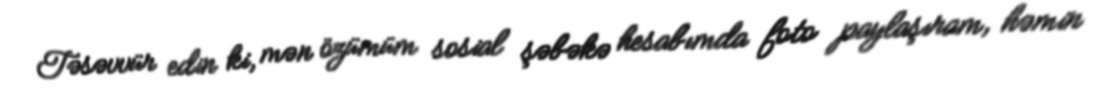
Təsəvvür edin ki, mən özümüm sosial şəbəkə hesabımda foto paylaşıram, həmin